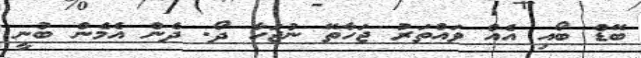
ބޭޑް ބޯއި އެއް ވައްތަރު ޖަހާތޭ ނުޖަހާ ދޯ. ދެން އެމެން ބުނީ